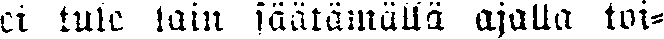
ei tule lain säätämällä ajalla toi-